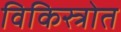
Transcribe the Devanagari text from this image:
विकिस्त्रोत